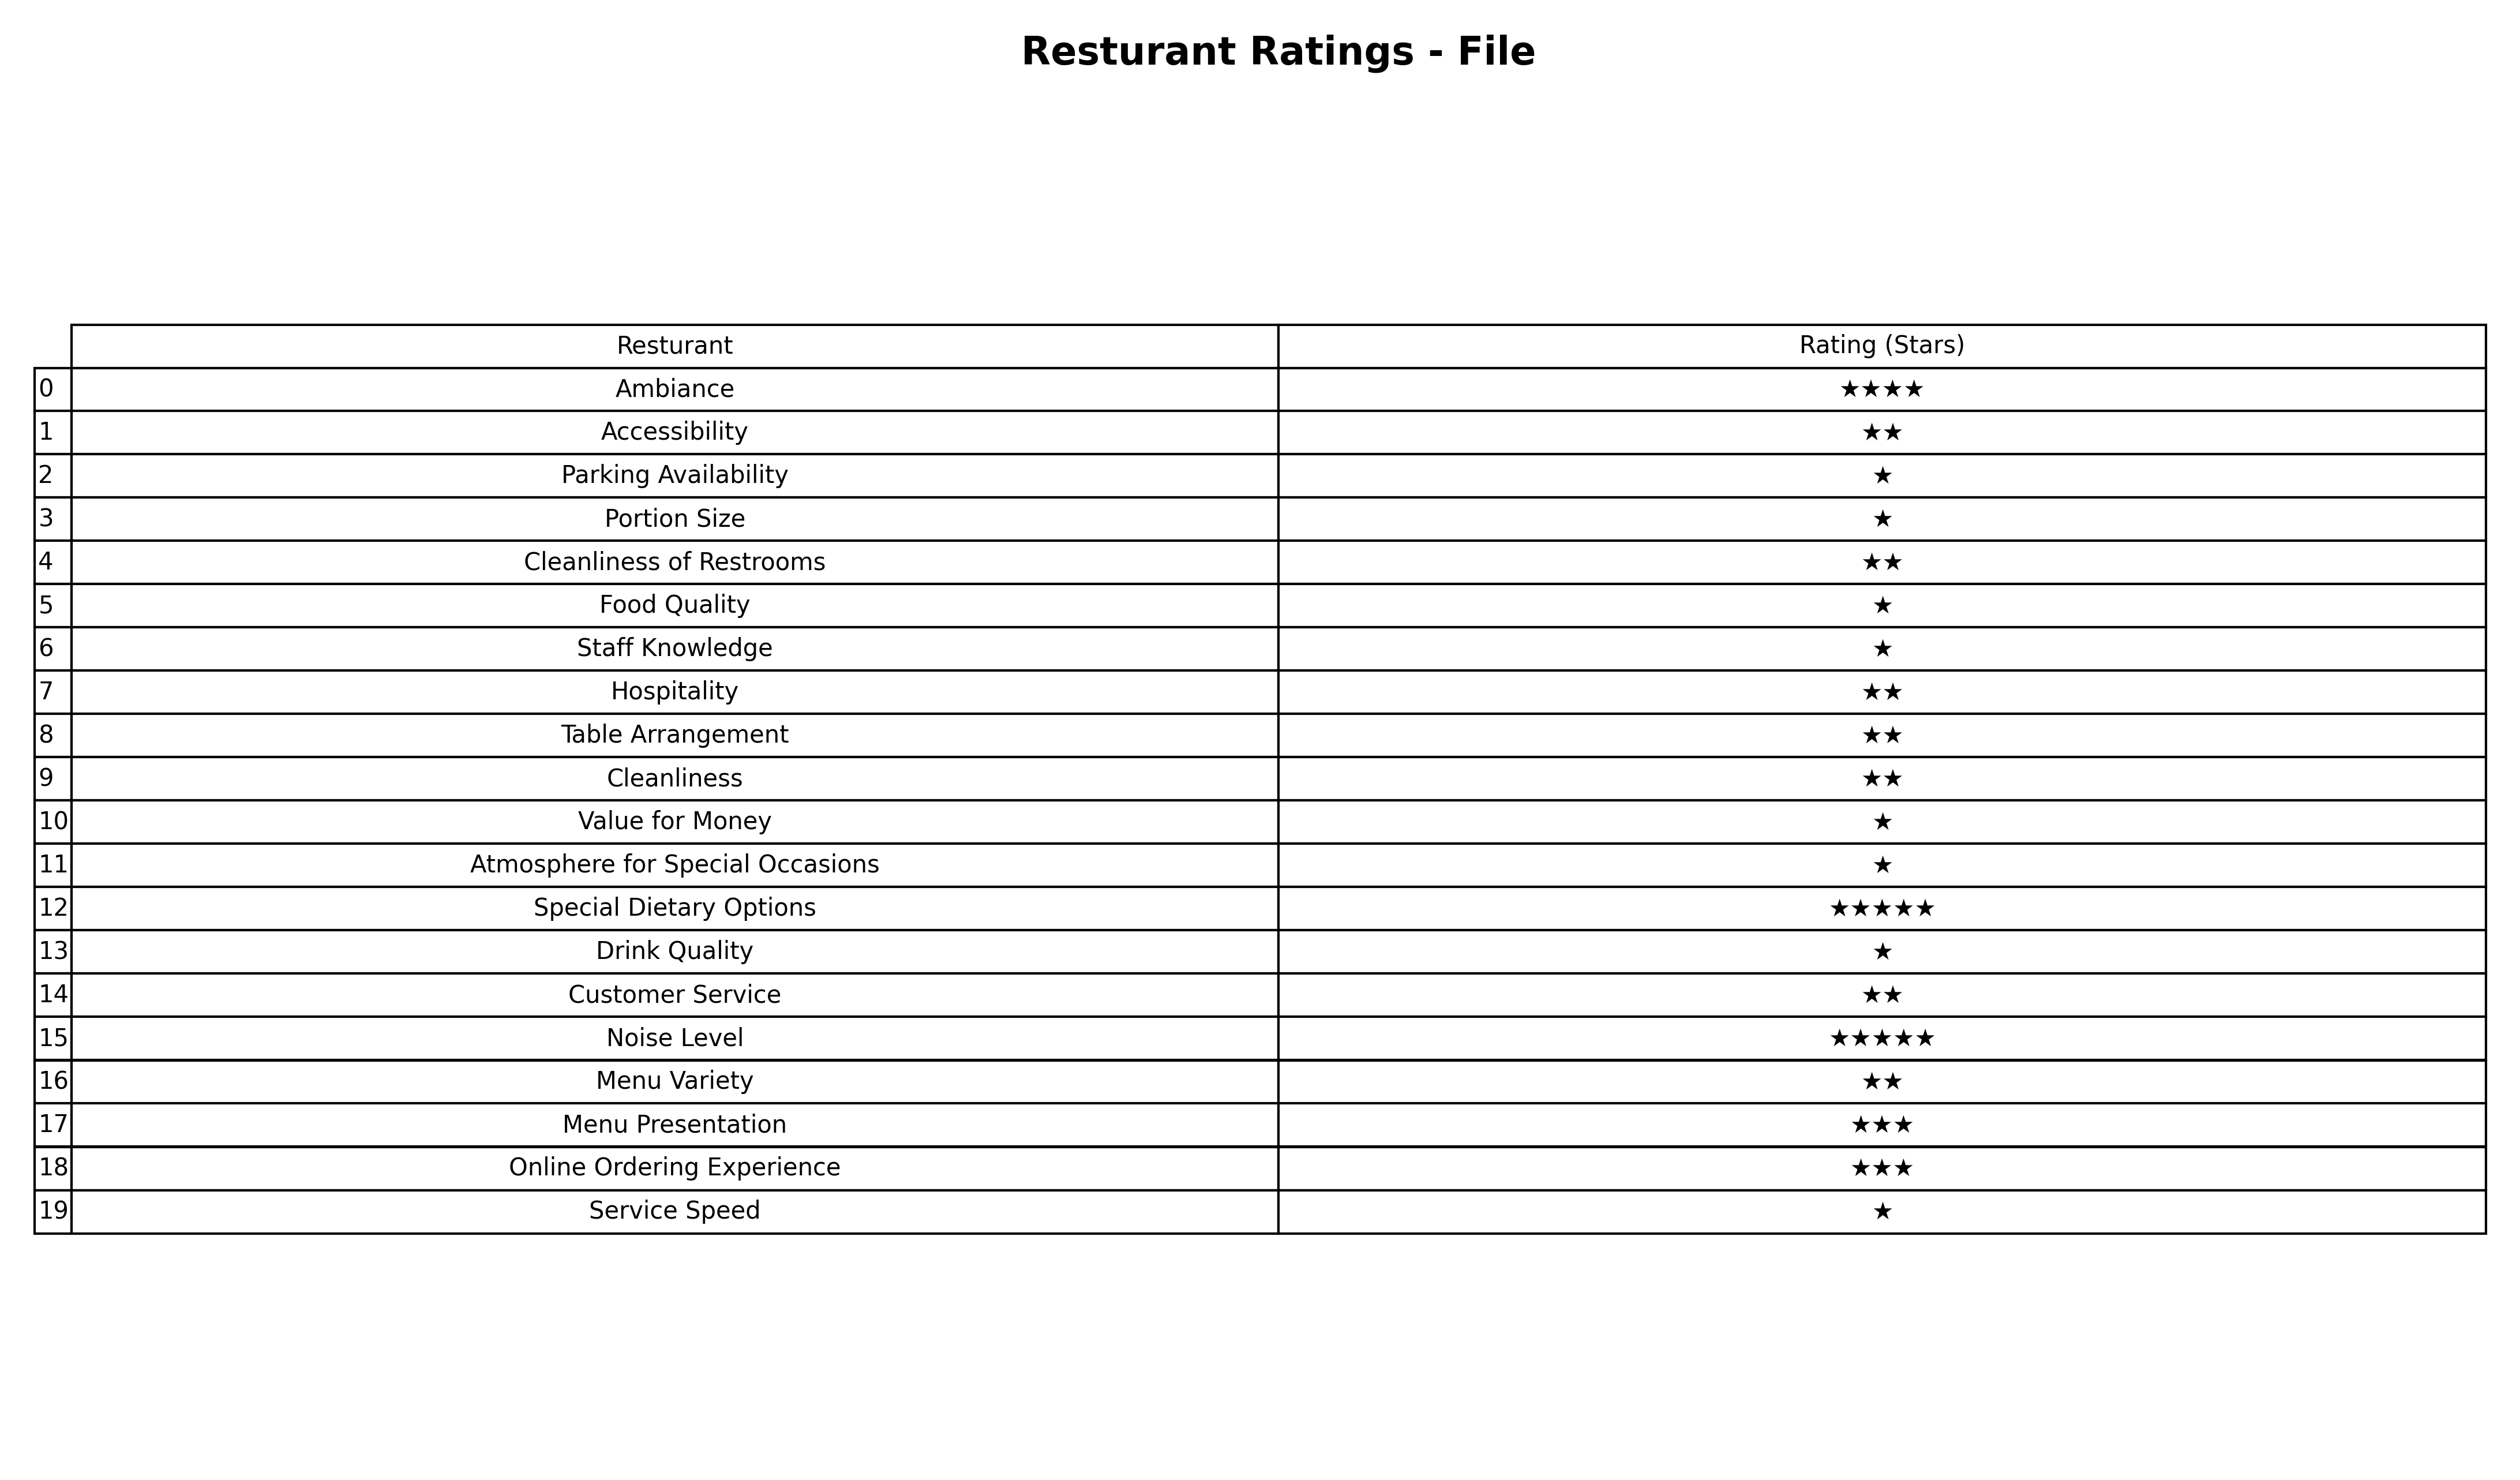
question: What are two star services?
answer: AccessibilityCleanliness of RestroomsHospitalityTable ArrangementCleanlinessCustomer ServiceMenu Variety